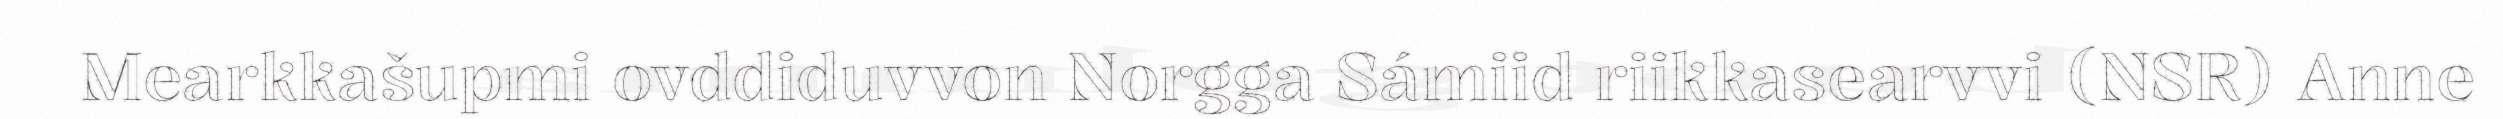
Mearkkašupmi ovddiduvvon Norgga Sámiid riikkasearvvi (NSR) Anne